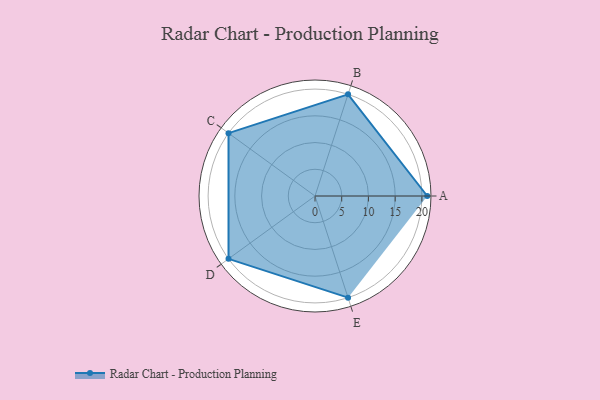
{"axis": {"x": "Skill", "y": "Score"}, "legend": ["Profile"], "data": [{"x": "A", "y": 21.0, "type": "Profile"}, {"x": "B", "y": 20, "type": "Profile"}, {"x": "C", "y": 20, "type": "Profile"}, {"x": "D", "y": 20, "type": "Profile"}, {"x": "E", "y": 20, "type": "Profile"}]}